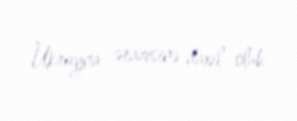
Ukrayna ərazisinə daxil olub.